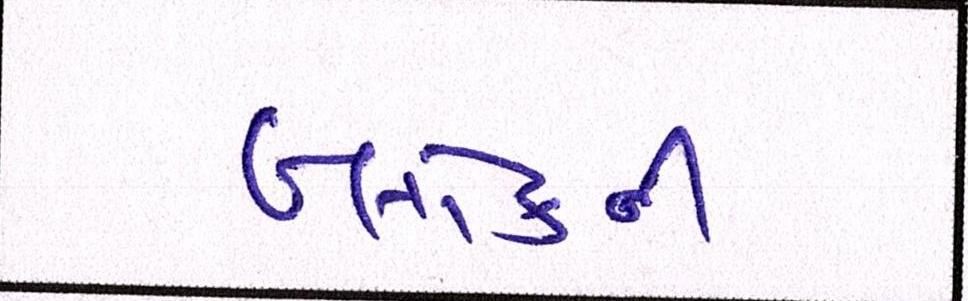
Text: બ્લોકની